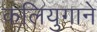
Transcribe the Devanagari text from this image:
कलियुगाने